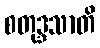
စတုဒ္ဒသာတိ